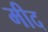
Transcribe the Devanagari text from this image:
मीद